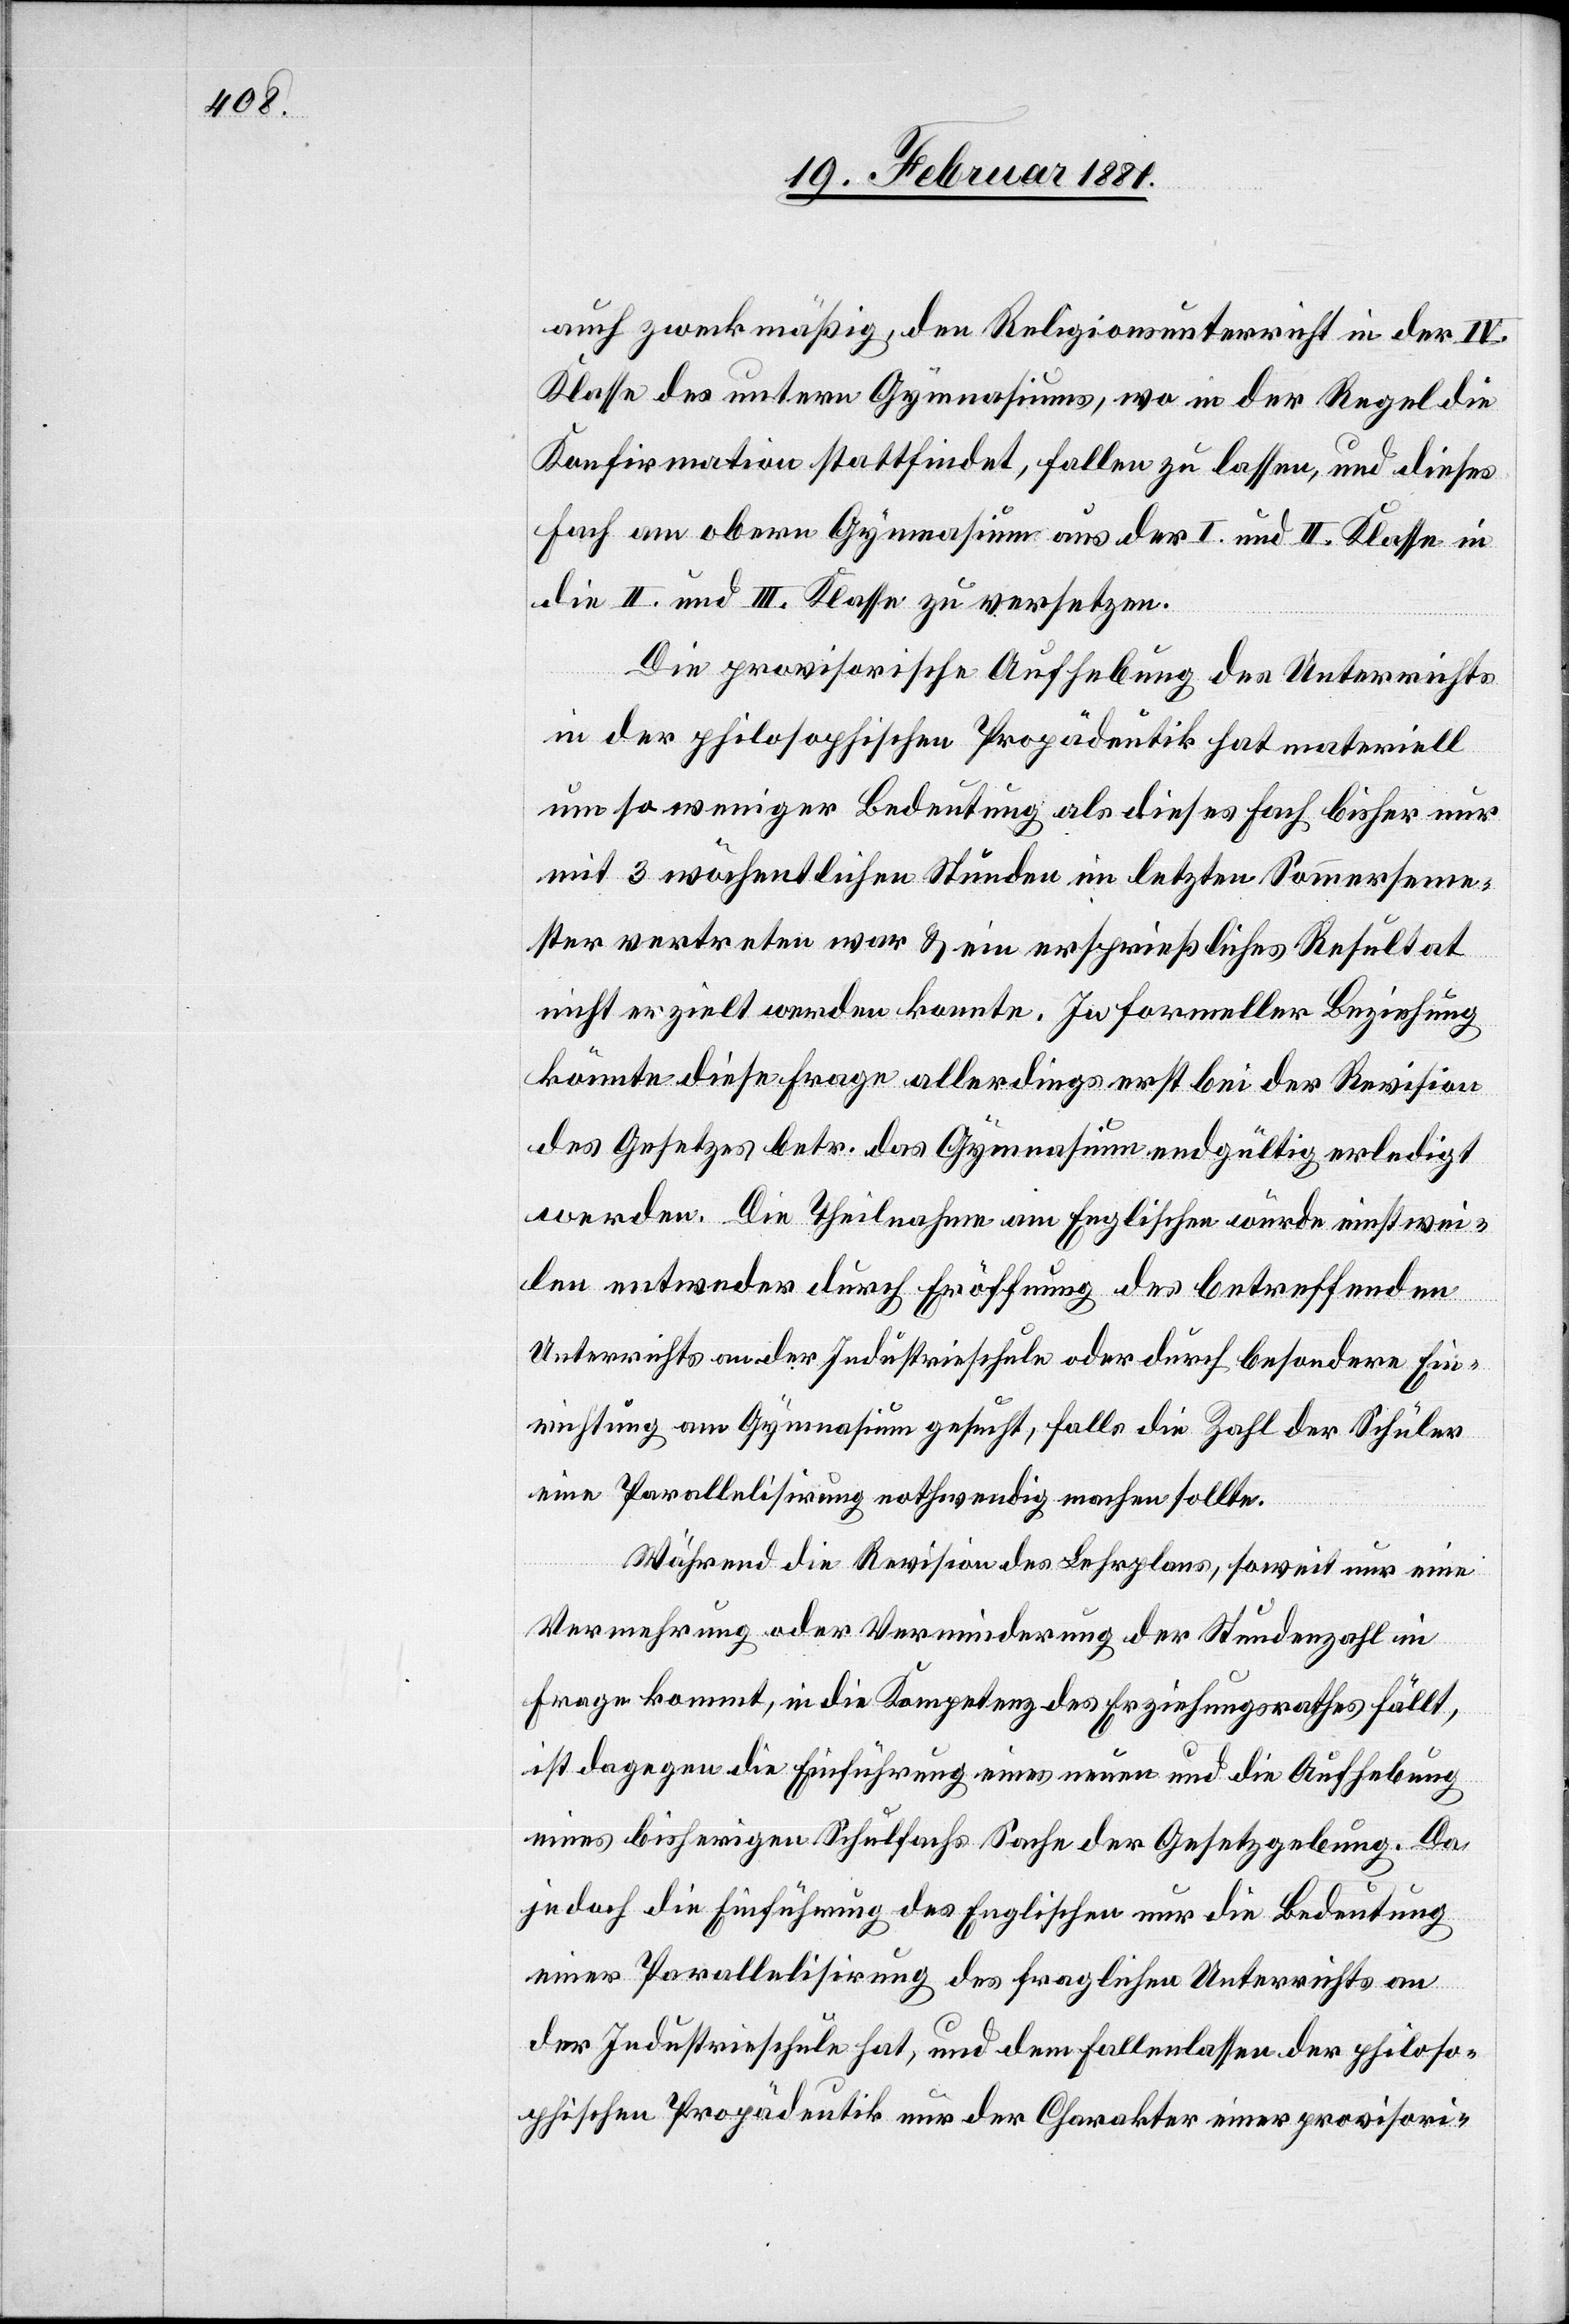
auch zweckmäßig, den Religionsunterricht in der IV.
Klasse des untern Gymnasiums, wo in der Regel die
Konfirmation stattfindet, fallen zu lassen, und dieses
Fach am obern Gymnasium aus der I. und II. Klasse in
die II. und III. Klasse zu versetzen.
Die provisorische Aufhebung des Unterrichts
in der philosophischen Propädeutik hat materiell
um so weniger Bedeutung als dieses Fach bisher nur
mit 3 wöchentlichen Stunden im letzten Sommerseme¬
ster vertreten war & ein ersprießliches Resultat
nicht erzielt werden konnte. In formeller Beziehung
könnte diese Frage allerdings erst bei der Revision
des Gesetzes betr. das Gymnasium endgültig erledigt
werden. Die Theilnahme am Englischen wurde einstwei¬
len entweder durch Eröffnung des betreffenden
Unterrichts an der Industrieschule oder durch besondere Ein¬
richtung am Gymnasium gesucht, falls die Zahl der Schüler
eine Parallelisirung nothwendig machen sollte.
Während die Revision des Lehrplans, soweit nur eine
Vermehrung oder Verminderung der Stundenzahl in
Frage kommt, in die Kompetenz des Erziehungsrathes fällt,
ist dagegen die Einführung eines neuen und die Aufhebung
eines bisherigen Schulfachs Sache der Gesetzgebung. Da
jedoch die Einführung des Englischen nur die Bedeutung
einer Parallelisirung des fraglichen Unterrichts an
der Industrieschule hat, und dem Fallenlassen der philoso¬
phischen Propädeutik nur der Charakter einer provisori-